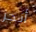
أنجز